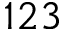
1 2 3